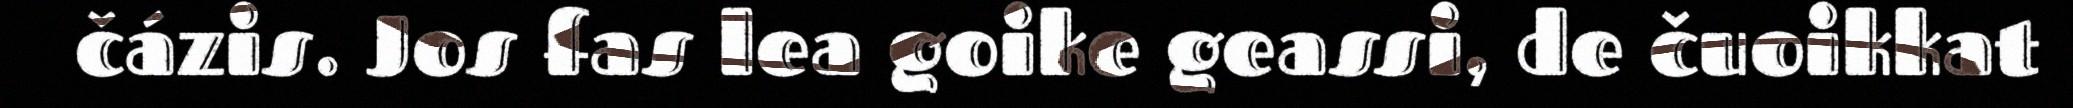
čázis. Jos fas lea goike geassi, de čuoikkat